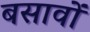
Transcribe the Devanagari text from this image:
बसावों